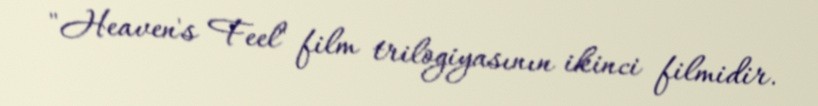
"Heaven's Feel" film trilogiyasının ikinci filmidir.